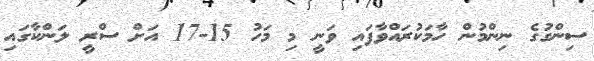
ސިންގުގެ ނިންމުން ހާމަކުރައްވާފައި ވަނީ މި މަހު 15-17 އަށް ސްރީ ލަންކާގައި